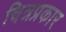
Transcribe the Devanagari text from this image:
चित्रप्रकार